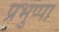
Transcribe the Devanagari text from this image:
प्रभुप्पा